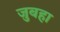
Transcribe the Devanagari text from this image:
जुबहा